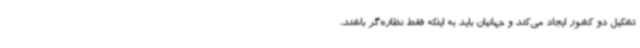
تشکیل دو کشور ایجاد می‌کند و جهانیان باید به اینکه فقط نظاره‌گر باشند،